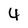
Character: 4